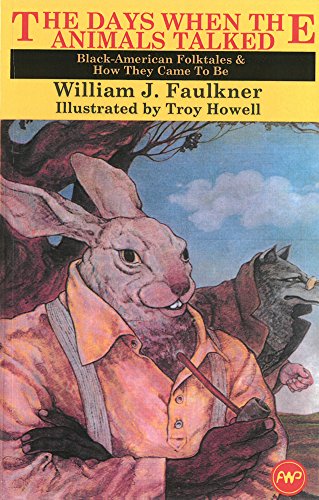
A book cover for The Days When the Animals Talked: Black American Folktales and How They Came to Be (Young Readers); William Faulkner; Children's Books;